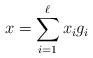
LaTeX: \begin{align*}x= \sum_{i=1}^{\ell} x_i g_i\end{align*}